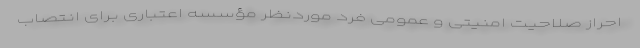
احراز صلاحیت امنیتی و عمومی فرد موردنظر مؤسسه اعتباری برای انتصاب